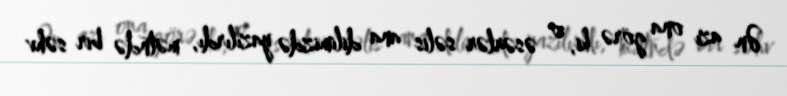
Ən azı ona görə ki, o əsərlər səlis ana dilimizdə yazılırdı, mətndə bir səhv